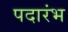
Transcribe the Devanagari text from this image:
पदारंभ